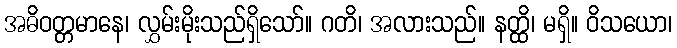
အဓိဝတ္တမာနေ၊ လွှမ်းမိုးသည်ရှိသော်။ ဂတိ၊ အလားသည်။ နတ္ထိ၊ မရှိ။ ဝိသယော၊